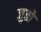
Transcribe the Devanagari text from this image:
जुतो